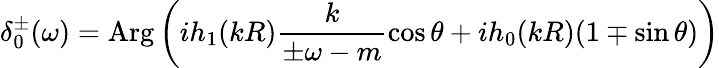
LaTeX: \delta_{0}^{\pm}(\omega)=\mathrm{Arg}\left(ih_{1}(kR)\frac{k}{\pm\omega-m}\cos\theta+ih_{0}(kR)(1\mp\sin\theta)\right)